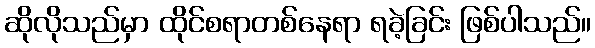
ဆိုလိုသည်မှာ ထိုင်စရာတစ်နေရာ ရခဲ့ခြင်း ဖြစ်ပါသည်။